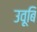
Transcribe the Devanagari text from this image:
उवूबि